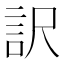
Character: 訳